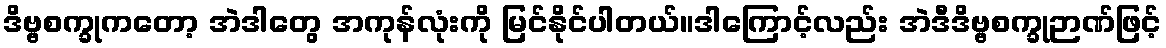
ဒိဗ္ဗစက္ခုကတော့ အဲဒါတွေ အကုန်လုံးကို မြင်နိုင်ပါတယ်။ဒါကြောင့်လည်း အဲဒီဒိဗ္ဗစက္ခုဉာဏ်ဖြင့်